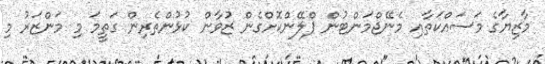
މާޒިޔާގެ މަސައްކަތާއި މެނޭޖްމަންޓުން ޕްލޭންކޮށްގެން ޒުވާން ކުޅުންތެރިން ގަތީމަ މި މަންޒަރު މި